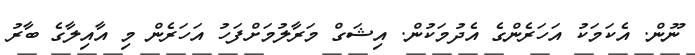
ނޫން. އެކަމަކު އަހަރެންގެ އެދުމަކުން. އިޝަގް މަރާލުމަށްފަހު އަހަރެން މި އާއިލާގެ ބާރު